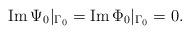
LaTeX: \begin{align*}\mbox{Im}\,\Psi_0\vert_{\Gamma_0}=\mbox{Im}\,\Phi_0\vert_{\Gamma_0}=0.\end{align*}